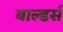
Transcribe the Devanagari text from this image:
बाल्डर्स